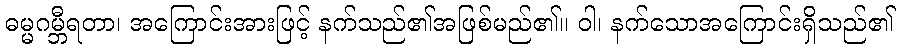
ဓမ္မဂမ္ဘီရတာ၊ အကြောင်းအားဖြင့် နက်သည်၏အဖြစ်မည်၏။ ဝါ၊ နက်သောအကြောင်းရှိသည်၏